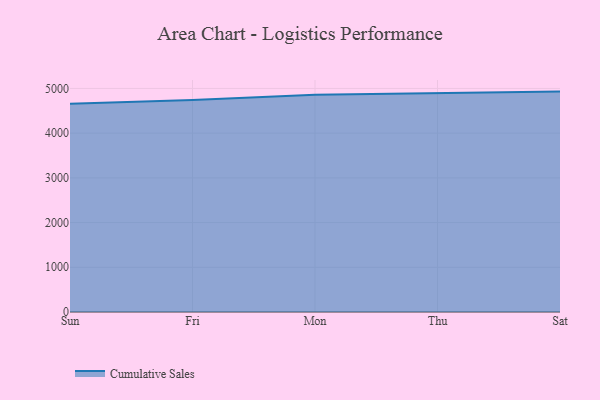
{"axis": {"x": "Day", "y": "Net Income (USD K)"}, "legend": ["Cumulative Sales"], "data": [{"x": "Sun", "y": 4660.2, "type": "Cumulative Sales"}, {"x": "Fri", "y": 4743.3, "type": "Cumulative Sales"}, {"x": "Mon", "y": 4857.2, "type": "Cumulative Sales"}, {"x": "Thu", "y": 4894.3, "type": "Cumulative Sales"}, {"x": "Sat", "y": 4929.5, "type": "Cumulative Sales"}]}